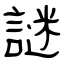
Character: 謎